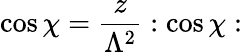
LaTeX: \cos\chi=\frac{z}{\Lambda^{2}}:\cos\chi: